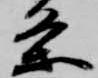
条